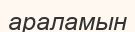
араламын